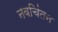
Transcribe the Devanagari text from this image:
नवचिंतन